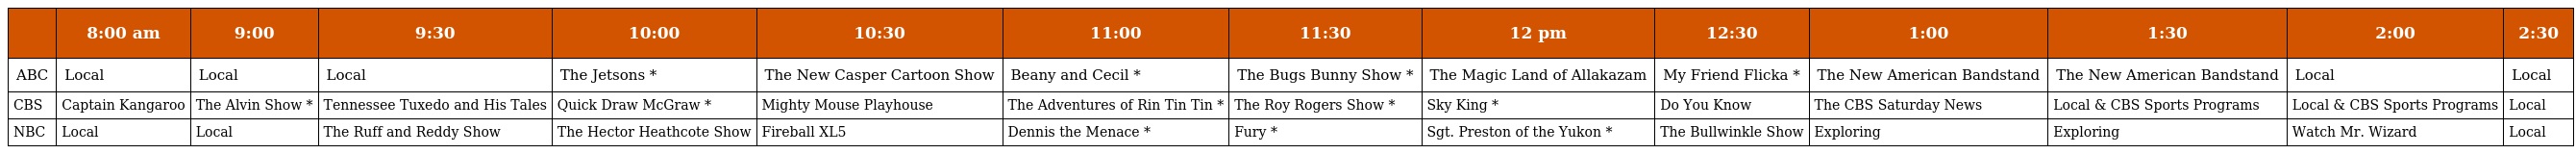
|  | 8:00 am | 9:00 | 9:30 | 10:00 | 10:30 | 11:00 | 11:30 | 12 pm | 12:30 | 1:00 | 1:30 | 2:00 | 2:30 |
 | --- | --- | --- | --- | --- | --- | --- | --- | --- | --- | --- | --- | --- | --- |
 | ABC | Local | Local | Local | The Jetsons * | The New Casper Cartoon Show | Beany and Cecil * | The Bugs Bunny Show * | The Magic Land of Allakazam | My Friend Flicka * | The New American Bandstand | The New American Bandstand | Local | Local |
 | CBS | Captain Kangaroo | The Alvin Show * | Tennessee Tuxedo and His Tales | Quick Draw McGraw * | Mighty Mouse Playhouse | The Adventures of Rin Tin Tin * | The Roy Rogers Show * | Sky King * | Do You Know | The CBS Saturday News | Local & CBS Sports Programs | Local & CBS Sports Programs | Local |
 | NBC | Local | Local | The Ruff and Reddy Show | The Hector Heathcote Show | Fireball XL5 | Dennis the Menace * | Fury * | Sgt. Preston of the Yukon * | The Bullwinkle Show | Exploring | Exploring | Watch Mr. Wizard | Local |